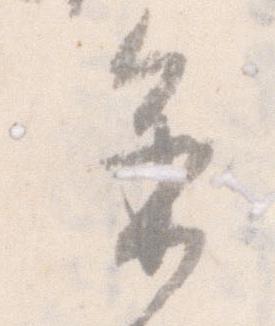
進